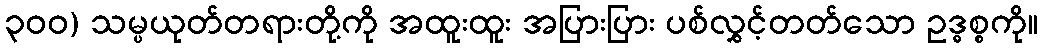
၃၀၀) သမ္ပယုတ်တရားတို့ကို အထူးထူး အပြားပြား ပစ်လွှင့်တတ်သော ဥဒ္ဓစ္စကို။